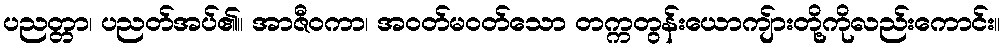
ပညတ္တာ၊ ပညတ်အပ်၏။ အာဇီဝကာ၊ အဝတ်မဝတ်သော တက္ကတွန်းယောကျ်ားတို့ကိုလည်းကောင်း။